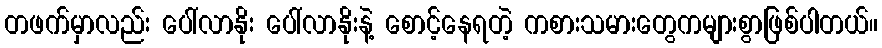
တဖက်မှာလည်း ပေါ်လာနိုး ပေါ်လာနိုးနဲ့ စောင့်နေရတဲ့ ကစားသမားတွေကများစွာဖြစ်ပါတယ်။